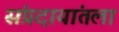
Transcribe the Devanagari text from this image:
संप्रदायांतला